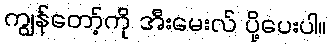
ကျွန်တော့်ကို အီးမေးလ် ပို့ပေးပါ။